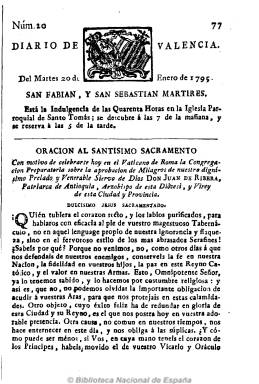
Título: Diario de Valencia (Valencia. 1790)
Otros títulos: Diario de la ciudad de Valencia del Cid
Colección: Periódicos anteriores a 1850
Ámbito geográfico: Valencia
Lugar de publicación: Valencia
Fechas: 20/01/1795-29/01/1833

Primer periódico valenciano, que aparece el uno de julio de 1790, con frecuencia diaria, tras los de Madrid y Barcelona, y que, a semejanza del que había sido fundado por Francisco Mariano Nipho, permite la Corona que continúe su publicación siguiendo lo establecido en su decreto de 24 de febrero de 1791, es decir, siempre que no publicara “especies política de cualquier clase”, al objeto de mantener su silencio sobre los acontecimientos revolucionarios que acontecían en Francia.

Fue fundado por Pascual Marín y el francés Joseph Marie de la Croix, barón de la Bruère, un ingeniero de Marina ligado a la Real Sociedad Económica de Amigos del País de Valencia, y estampado, con Real privilegio, en la imprenta del Diario, por Joseph Estevan Cervera, en números de cuatro páginas.

Con una estructura similar al Diario de Madrid (tomado como patrón de la prensa española) y, por tanto, al Diario de Barcelona, comenzaba con el santoral del día y las notas meteorológicas y astronómicas, para a continuación incluir todo tipo de artículos que pudieran considerarse “útiles”, tanto de tipo científico, comercial, económico, literario, religioso y cultural, algunas veces en forma de discursos y otros en forma de cartas dirigidas al diarista, así como pensamientos y textos en verso (sonetos, odas, cuartetas, enigmas, etc.). La última parte del periódico estaba dedicada a “Noticias particulares de Valencia”, con breves notas de sirvientes, ventas, pérdidas, hallazgos, culto religioso, precios del trigo, arroz, seda, etc. y otros avisos.

Durante sus primeras décadas colaboran en el diario Joaquím Fusel i Gil, Francesc Bahamonde, Josep Mariano Ortiz y Marco Antonio Orellana, entre otros (véase la obra de Ricardo Blasco).

A partir de 1801 es impreso por J. Ferrer de Orga. Desde enero de 1812 y durante el año y medio en el que las tropas napoleónicas controlaron Valencia estuvo a las órdenes del gobierno invasor. En 1813 será impreso por el librero Manuel López, también impresor de la Gaceta de Valencia, y desde finales de este año por Francisco Brusola, adoptando el título de Diario de la ciudad de Valencia e incluyendo también en esta época noticias extranjeras, proclamas, bandos, etc.

Tras el periodo absolutista de Fernando VII, vivió un periodo brillante durante el trienio liberal (1820-1823), cuando colaboran Estanislao de Koska Vayo, Luis Lamarca, Vicente Clérigues y Juan Crisostomo Petit, entre otros.

Gómez Aparicio y Guinard señalan que cesó en mayo de 1835, y Aguilar Piñal indica que llegó hasta finales de 1836.